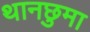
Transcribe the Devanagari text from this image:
थानछुमा